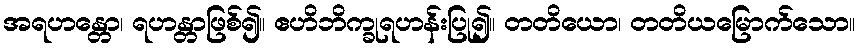
အရဟန္တော၊ ရဟန္တာဖြစ်၍။ ဧဟိဘိက္ခုရဟန်းပြု၍။ တတိယော၊ တတိယမြောက်သော။